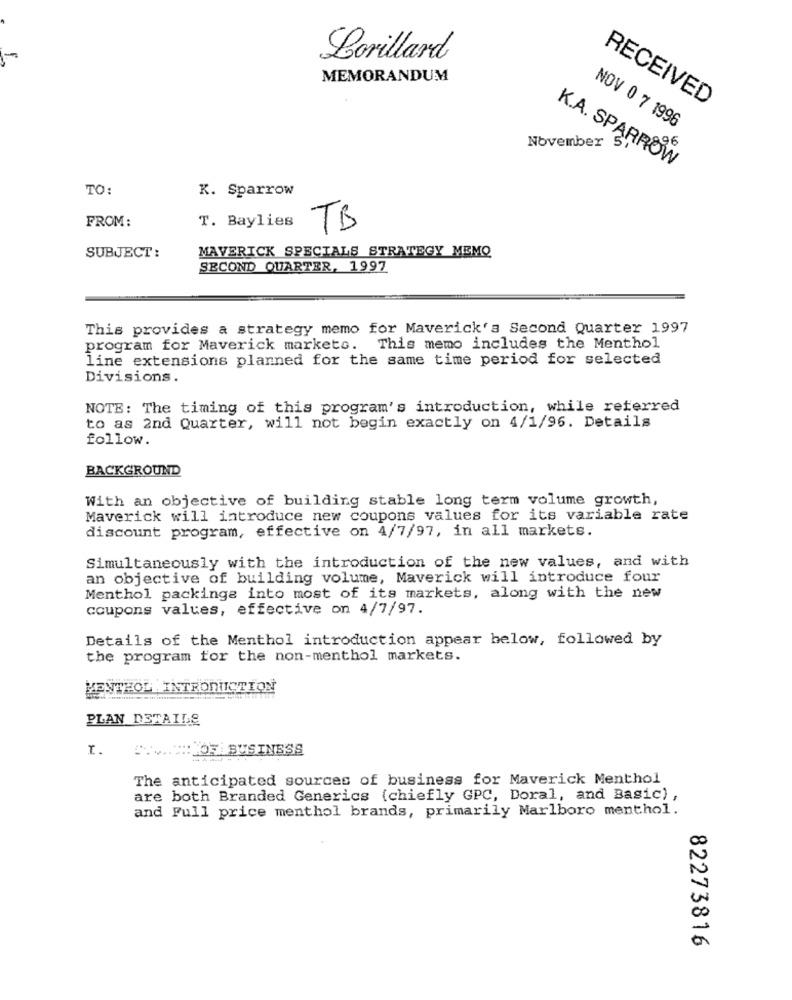
Lorillard
MEMORANDUM
RECEIVED
NOV 0 7 1996
November
K.A. SPARROW
TO:
K. Sparrow
FROM:
T. Baylies
TB
SUBJECT:
MAVERICK SPECIALS STRATEGY MEMO
SECOND QUARTER, 1997
This provides a strategy memo for Maverick's Second Quarter 1997
program for Maverick markets. This memo includes the Menthol
line extensions planned for the same time period for selected
Divisions.
NOTE: The timing of this program's introduction, while referred
to as 2nd Quarter, will not begin exactly on 4/1/96. Details
follow.
BACKGROUND
With an objective of building stable long term volume growth,
Maverick will introduce new coupons values for its variable rate
discount program, effective on 4/7/97, in all markets.
Simultaneously with the introduction of the new values, and with
an objective of building volume, Maverick will introduce four
Menthol packinge into most of its markets, along with the new
coupons values, effective on 4/7/97.
Details of the Menthol introduction appear below, followed by
the program for the non-menthol markets.
MENTHOL INTRODUCTION
PLAN DETAILS
I.
WWW.WHYOF BUSINESS
The anticipated sources of business for Maverick Menthol
are both Branded Generics (chiefly GPC, Doral, and Basic) ,
and Full price menthol brands, primarily Marlboro menthol.
82273816